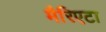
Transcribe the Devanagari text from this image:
मैरिएटा